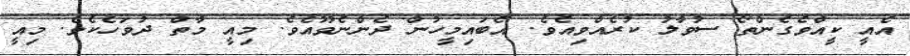
އެއީ ކީއްވެގެންތޯ ސުވާލު ކުރެއްވިއެވެ. އެބައިމީހުން ދެންނެވޫއެވެ. މިއީ މާތް ދުވަހެކެވެ. މިއީ